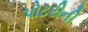
પોટરીની